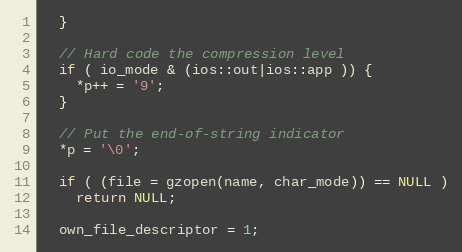
Language: C++
  }

  // Hard code the compression level
  if ( io_mode & (ios::out|ios::app )) {
    *p++ = '9';
  }

  // Put the end-of-string indicator
  *p = '\0';

  if ( (file = gzopen(name, char_mode)) == NULL )
    return NULL;

  own_file_descriptor = 1;